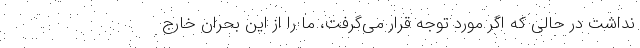
نداشت در حالی که اگر مورد توجه قرار می‌گرفت، ما را از این بحران خارج